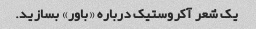
یک شعر آکروستیک درباره «باور» بسازید.